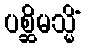
ပစ္ဆိမသ္မိံ